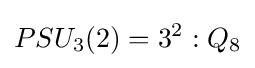
PSU_{3}(2)=3^{2}:Q_{8}